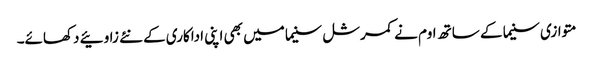
متوازی سنیما کے ساتھ اوم نے کمرشل سنیما میں بھی اپنی اداکاری کے نئے زاوئیے دکھائے۔